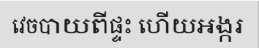
វេចបាយពីផ្ទះ ហើយអង្ករ